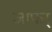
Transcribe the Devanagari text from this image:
जाफर्